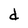
Character: d